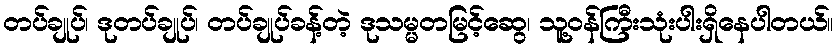
တပ်ချုပ်၊ ဒုတပ်ချုပ်၊ တပ်ချုပ်ခန့်တဲ့ ဒုသမ္မတမြင့်ဆွေ၊ သူ့ဝန်ကြီးသုံးပါးရှိနေပါတယ်။